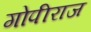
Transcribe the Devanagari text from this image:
गोपीराज